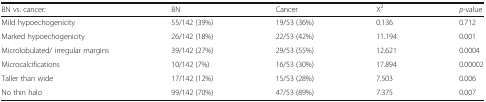
<table><thead><tr><td><b>BN vs. cancer:</b></td><td><b>BN</b></td><td><b>Cancer</b></td><td><b>Χ<sup>2</sup></b></td><td><b><i>p</i>-value</b></td></tr></thead><tbody><tr><td>Mild hypoechogenicity</td><td>55/142 (39%)</td><td>19/53 (36%)</td><td>0.136</td><td>0.712</td></tr><tr><td>Marked hypoechogenicity</td><td>26/142 (18%)</td><td>22/53 (42%)</td><td>11.194</td><td>0.001</td></tr><tr><td>Microlobulated/ irregular margins</td><td>39/142 (27%)</td><td>29/53 (55%)</td><td>12.621</td><td>0.0004</td></tr><tr><td>Microcalcifications</td><td>10/142 (7%)</td><td>16/53 (30%)</td><td>17.894</td><td>0.00002</td></tr><tr><td>Taller than wide</td><td>17/142 (12%)</td><td>15/53 (28%)</td><td>7.503</td><td>0.006</td></tr><tr><td>No thin halo</td><td>99/142 (70%)</td><td>47/53 (89%)</td><td>7.375</td><td>0.007</td></tr></tbody></table>